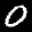
Label: 0